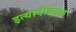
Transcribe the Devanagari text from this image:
इत्यादीबद्दल